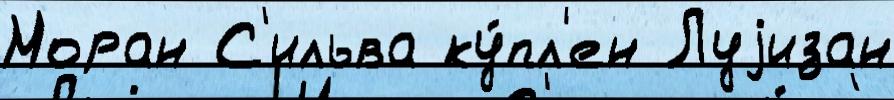
Моран С'ильва ку́пл'ен Луjизан